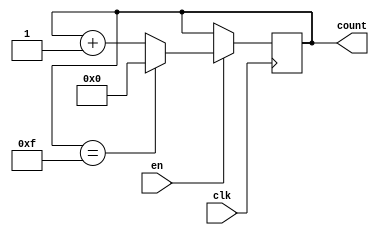
module binary_up_counter_with_enable (
  input wire clk,
  input wire en,
  output reg [3:0] count
);

always @(posedge clk) begin
  if (en) begin
    if (count == 4'b1111) begin
      count <= 4'b0000;
    end else begin
      count <= count + 1;
    end
  end
end

endmodule